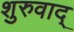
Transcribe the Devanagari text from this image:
शुरुवाद्